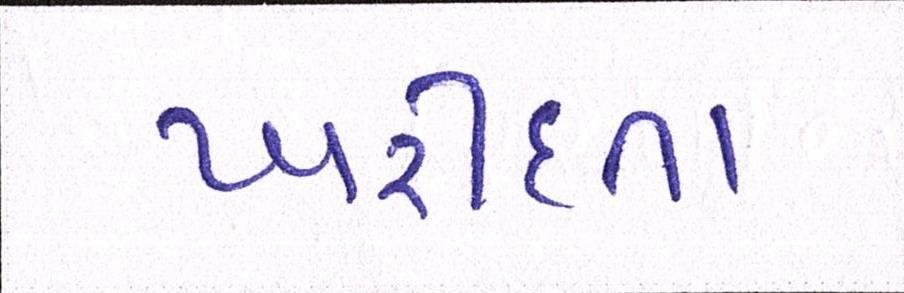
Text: ખરીદતા